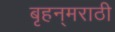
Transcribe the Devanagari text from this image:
बृहन्‌मराठी